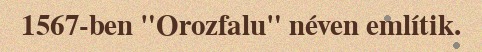
1567-ben "Orozfalu" néven említik.